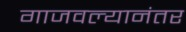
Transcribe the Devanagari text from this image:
गाजवल्यानंतर